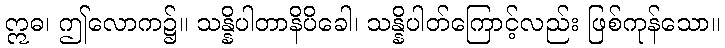
ဣဓ၊ ဤလောက၌။ သန္နိပါတာနိပိခေါ၊ သန္နိပါတ်ကြောင့်လည်း ဖြစ်ကုန်သော။